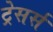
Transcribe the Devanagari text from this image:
ट्रेसर्स